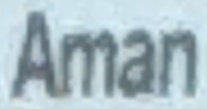
Aman